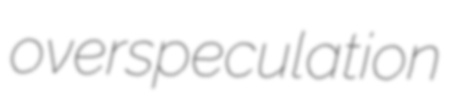
overspeculation